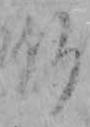
仏